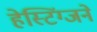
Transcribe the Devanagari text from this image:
हेस्टिंग्जने